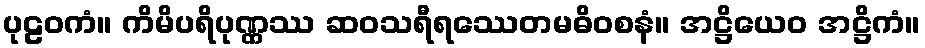
ပုဠဝကံ။ ကိမိပရိပုဏ္ဏဿ ဆဝသရီရဿေတမဓိဝစနံ။ အဋ္ဌိယေဝ အဋ္ဌိကံ။